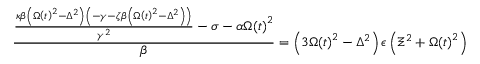
\frac { \frac { \kappa \beta \left( \Omega \left( t \right) ^ { 2 } - \Delta ^ { 2 } \right) \left( - \gamma - \zeta \beta \left( \Omega \left( t \right) ^ { 2 } - \Delta ^ { 2 } \right) \right) } { \gamma ^ { 2 } } - \sigma - \alpha \Omega \! \left( t \right) ^ { 2 } } { \beta } = \left( 3 \Omega \! \left( t \right) ^ { 2 } - \Delta ^ { 2 } \right) \epsilon \left( \Xi ^ { 2 } + \Omega \! \left( t \right) ^ { 2 } \right)